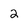
Character: 2